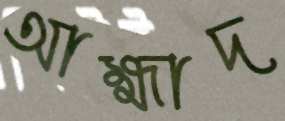
আহ্মাদ